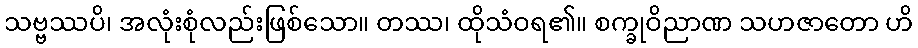
သဗ္ဗဿပိ၊ အလုံးစုံလည်းဖြစ်သော။ တဿ၊ ထိုသံဝရ၏။ စက္ခုဝိညာဏ သဟဇာတော ဟိ